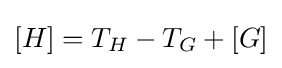
[H]=T_{H}-T_{G}+[G]